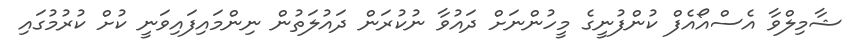
ޝާމިލްވާ އެސްއޯއެފް ކުންފުނީގެ މީހުންނަށް ދައުވާ ނުކުރަން ދައުލަތުން ނިންމައިފައިވަނީ ކުށް ކުރުމުގައި